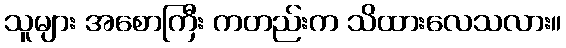
သူများ အစောကြီး ကတည်းက သိထားလေသလား။